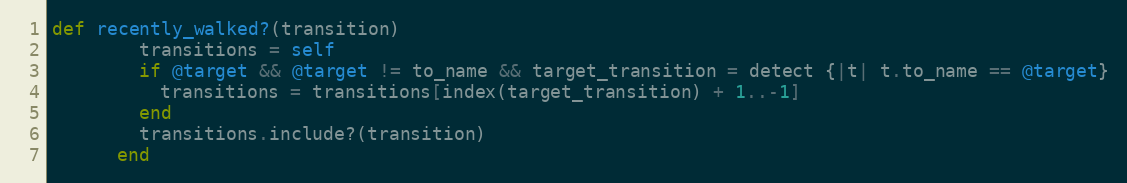
Language: Ruby
def recently_walked?(transition)
        transitions = self
        if @target && @target != to_name && target_transition = detect {|t| t.to_name == @target}
          transitions = transitions[index(target_transition) + 1..-1]
        end
        transitions.include?(transition)
      end